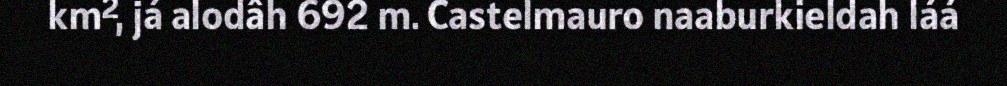
km², já alodâh 692 m. Castelmauro naaburkieldah láá